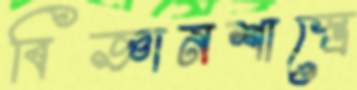
বিজ্ঞানশাস্ত্রে